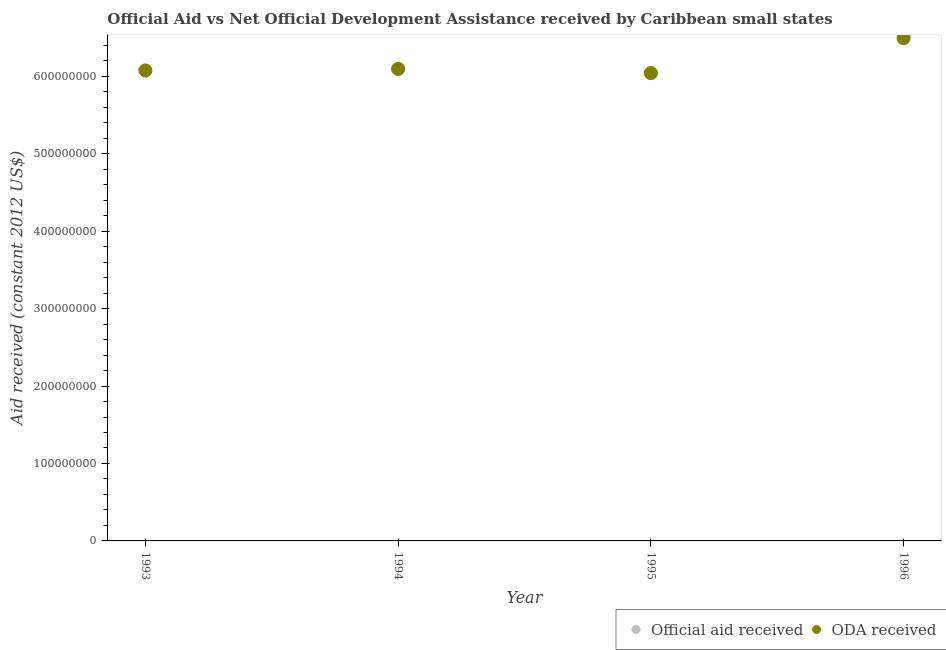
| Year | Official aid received | ODA received |
 | --- | --- | --- |
 | 1993 | 6.08e+08 | 6.08e+08 |
 | 1994 | 6.1e+08 | 6.1e+08 |
 | 1995 | 6.04e+08 | 6.04e+08 |
 | 1996 | 6.51e+08 | 6.49e+08 |